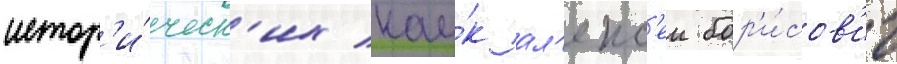
истор'и́ческ'их нау́к ал'екс'еи бор'и́сов'ич